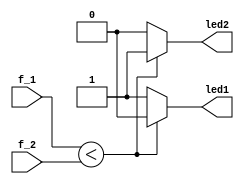
module Control (
 input [22:0] f_1,
 input [22:0] f_2,
 output led1,
 output led2
 );
 
always@(f_1, f_2)
begin	
	if ( f_1 < f_2)
		begin
			led1 = 1'b0;
			led2 = 1'b1;
		end
	else 
		begin
			led1 = 1'b1;
			led2 = 1'b0;
		end

end
endmodule